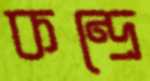
কন্দ্রে